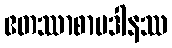
ဧတဿာစာမဒါနဿ